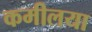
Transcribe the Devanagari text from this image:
कमीलया